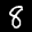
Label: 8